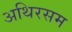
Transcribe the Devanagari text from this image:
अथिरसम